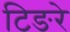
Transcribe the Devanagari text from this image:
टिङरे